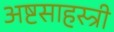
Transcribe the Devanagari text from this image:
अष्टसाहस्त्री